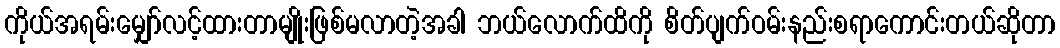
ကိုယ်အရမ်းမျှော်လင့်ထားတာမျိုးဖြစ်မလာတဲ့အခါ ဘယ်လောက်ထိကို စိတ်ပျက်ဝမ်းနည်းစရာကောင်းတယ်ဆိုတာ